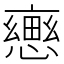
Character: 𢢦